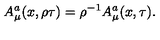
A _ { \mu } ^ { a } ( x , \rho \tau ) = { \rho } ^ { - 1 } A _ { \mu } ^ { a } ( x , \tau ) .